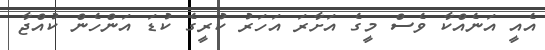
އެއީ އަނެއްކާ ވެސް މީގެ އަށާރަ އަހަރު ކުރީގެ ކުޑަ އަންހެން ކުއްޖާ